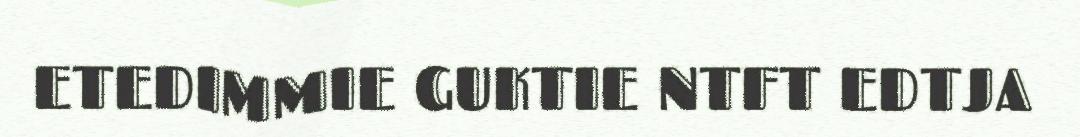
ETEDIMMIE GUKTIE NTFT EDTJA